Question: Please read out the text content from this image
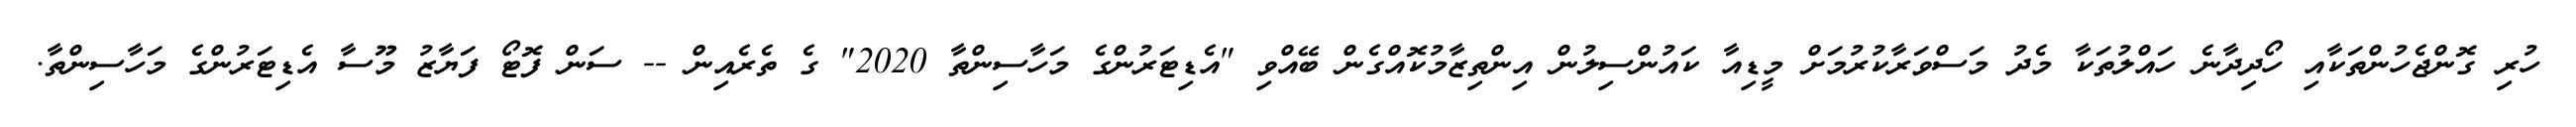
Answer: ހުރި ގޮންޖެހުންތަކާއި ހޯދިދާނެ ހައްލުތަކާ މެދު މަސްވަރާކުރުމަށް މީޑިއާ ކައުންސިލުން އިންތިޒާމުކޮއްގެން ބޭއްވި "އެޑިޓަރުންގެ މަހާސިންތާ 2020" ގެ ތެރެއިން -- ސަން ފޮޓޯ ފަޔާޒު މޫސާ އެޑިޓަރުންގެ މަހާސިންތާ.